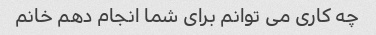
چه کاری می توانم برای شما انجام دهم خانم